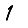
Digit: 1